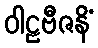
ဝါဠဗီဇနိံ